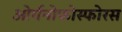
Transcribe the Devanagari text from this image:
ओर्गनोफोस्फोरस